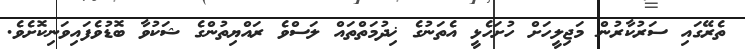
ތެރޭގައި ސަރުކާރުން މަޖިލީހަށް ހުށަހެޅީ އެތަނުގެ ޚިދުމަތްތައް ލަސްވެ ރައްޔިތުންގެ ޝަކުވާ ބޮޑުވެފައިވަނިކޮށެވެ.